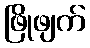
ဖြိုဖျက်